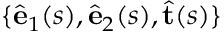
\{ \hat { \mathbf { e } } _ { 1 } ( s ) , \hat { \mathbf { e } } _ { 2 } ( s ) , \hat { \mathbf { t } } ( s ) \}